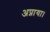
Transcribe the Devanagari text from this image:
अप्नाया।